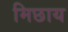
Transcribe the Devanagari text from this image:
मिछाय